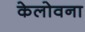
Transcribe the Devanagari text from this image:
केलोवना